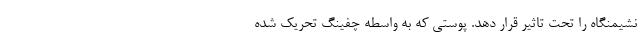
نشیمنگاه را تحت تاثیر قرار دهد. پوستی که به واسطه چفینگ تحریک شده